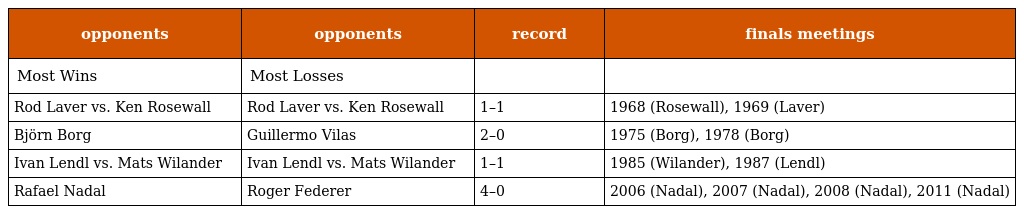
| opponents | opponents | record | finals meetings |
 | --- | --- | --- | --- |
 | Most Wins | Most Losses |  |  |
 | Rod Laver vs. Ken Rosewall | Rod Laver vs. Ken Rosewall | 1–1 | 1968 (Rosewall), 1969 (Laver) |
 | Björn Borg | Guillermo Vilas | 2–0 | 1975 (Borg), 1978 (Borg) |
 | Ivan Lendl vs. Mats Wilander | Ivan Lendl vs. Mats Wilander | 1–1 | 1985 (Wilander), 1987 (Lendl) |
 | Rafael Nadal | Roger Federer | 4–0 | 2006 (Nadal), 2007 (Nadal), 2008 (Nadal), 2011 (Nadal) |